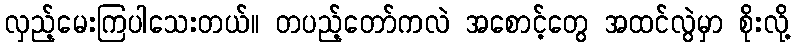
လှည့်မေးကြပါသေးတယ်။ တပည့်တော်ကလဲ အစောင့်တွေ အထင်လွဲမှာ စိုးလို့